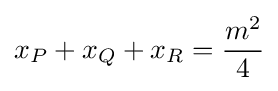
x_{P}+x_{Q}+x_{R}={\frac {m^{2}}{4}}